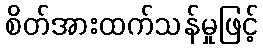
စိတ်အားထက်သန်မှုဖြင့်